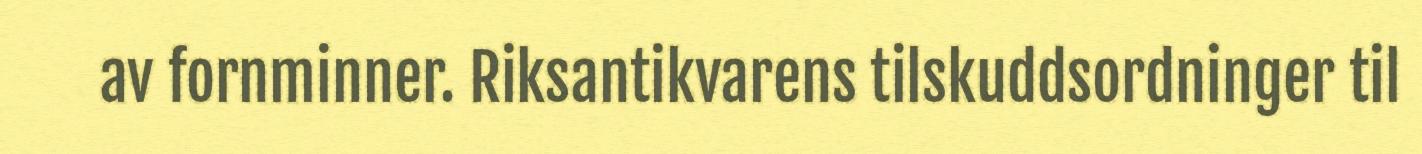
av fornminner. Riksantikvarens tilskuddsordninger til